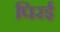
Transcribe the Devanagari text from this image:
पिरई